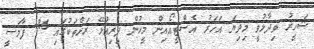
ޝަހީރު ވިދާޅުވީ މިދިޔަ އަހަރު އެސްޓީއޯއިން މީހުން ދިރިއުޅޭ ރަށްތަކުގައި 186 ފާމަސީ